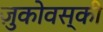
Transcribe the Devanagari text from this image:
ज़ुकोवस्की